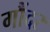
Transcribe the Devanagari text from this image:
गौंदर